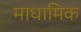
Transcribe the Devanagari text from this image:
माधामिक